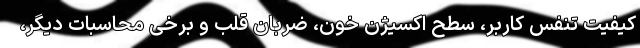
کیفیت تنفس کاربر، سطح اکسیژن خون، ضربان قلب و برخی محاسبات دیگر،